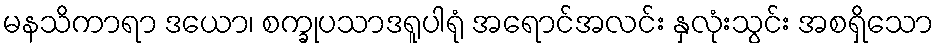
မနသိကာရာ ဒယော၊ စက္ခုပသာဒရူပါရုံ အရောင်အလင်း နှလုံးသွင်း အစရှိသော